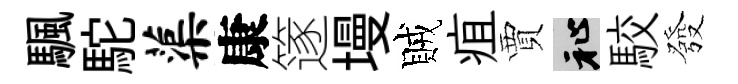
颿駝蕖康篴墁賊疽賈祉駮發